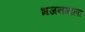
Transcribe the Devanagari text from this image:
भजनमाला